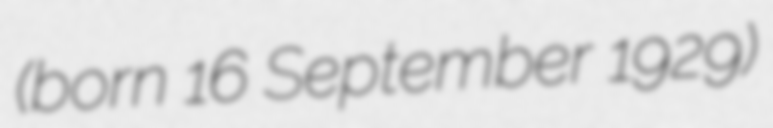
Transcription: (born 16 September 1929)